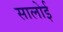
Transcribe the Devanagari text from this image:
सालोई